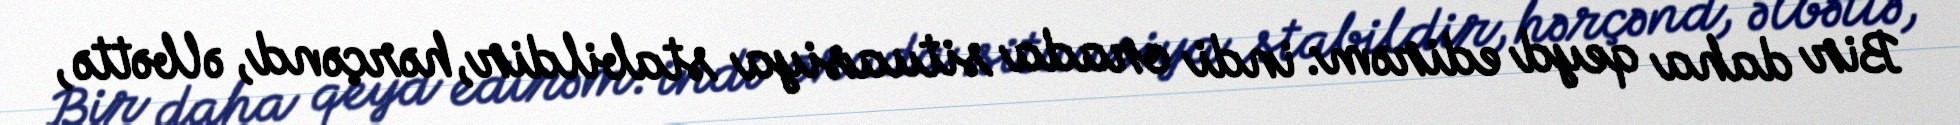
Bir daha qeyd edirəm: indi orada situasiya stabildir, hərçənd, əlbəttə,